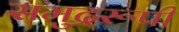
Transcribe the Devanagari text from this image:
समुद्ररूपी